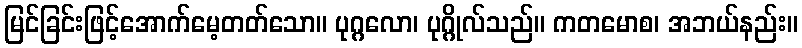
မြင်ခြင်းဖြင့်အောက်မေ့တတ်သော။ ပုဂ္ဂလော၊ ပုဂ္ဂိုလ်သည်။ ကတမောစ၊ အဘယ်နည်း။